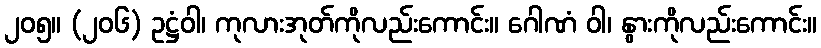
၂၀၅။ (၂၀၆) ဥဋ္ဌံဝါ၊ ကုလားအုတ်ကိုလည်းကောင်း။ ဂေါဏံ ဝါ၊ နွားကိုလည်းကောင်း။